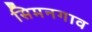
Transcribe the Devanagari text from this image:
सिमनगाव